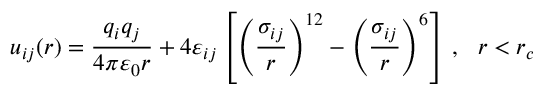
u _ { i j } ( r ) = \frac { q _ { i } q _ { j } } { 4 \pi \varepsilon _ { 0 } r } + 4 \varepsilon _ { i j } \left[ \left( \frac { \sigma _ { i j } } { r } \right) ^ { 1 2 } - \left( \frac { \sigma _ { i j } } { r } \right) ^ { 6 } \right] \, , \ \ r < r _ { c }